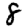
Digit: 8